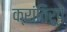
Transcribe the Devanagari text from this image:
क्रांतिरूपे